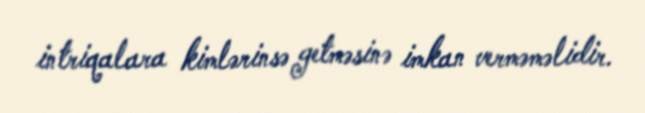
intriqalara kimlərinsə getməsinə imkan verməməlidir.